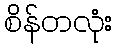
စိန်တလုံး